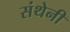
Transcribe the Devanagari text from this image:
संथेनी